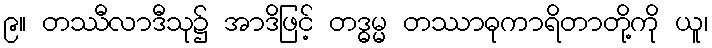
၉။ တဿီလာဒီသု၌ အာဒိဖြင့် တဒ္ဓမ္မ တဿာဓုကာရိတာတို့ကို ယူ၊